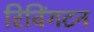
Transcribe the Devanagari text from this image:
रिविंगटन